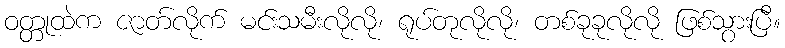
ဝတ္တုထဲက ဇာတ်လိုက် မင်းသမီးလိုလို၊ ရုပ်တုလိုလို၊ တစ်ခုခုလိုလို ဖြစ်သွားပြီ။